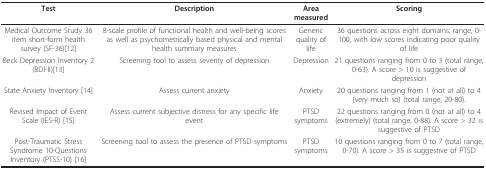
<table><thead><tr><td><b>Test</b></td><td><b>Description</b></td><td><b>Area measured</b></td><td><b>Scoring</b></td></tr></thead><tbody><tr><td>Medical Outcome Study 36 item short-form health survey (SF-36)[12]</td><td>8-scale profile of functional health and well-being scores as well as psychometrically based physical and mental health summary measures</td><td>Generic quality of life</td><td>36 questions across eight domains; range, 0-100, with low scores indicating poor quality of life</td></tr><tr><td>Beck Depression Inventory 2 (BDI-II)[13]</td><td>Screening tool to assess severity of depression</td><td>Depression</td><td>21 questions ranging from 0 to 3 (total range, 0-63). A score &gt; 10 is suggestive of depression</td></tr><tr><td>State Anxiety Inventory [14]</td><td>Assess current anxiety</td><td>Anxiety</td><td>20 questions ranging from 1 (not at all) to 4 (very much so) (total range, 20-80).</td></tr><tr><td>Revised Impact of Event Scale (IES-R) [15]</td><td>Assess current subjective distress for any specific life event</td><td>PTSD symptoms</td><td>22 questions ranging from 0 (not at all) to 4 (extremely) (total range, 0-88). A score &gt; 32 is suggestive of PTSD</td></tr><tr><td>Post-Traumatic Stress Syndrome 10-Questions Inventory (PTSS-10) [16]</td><td>Screening tool to assess the presence of PTSD symptoms</td><td>PTSD symptoms</td><td>10 questions ranging from 0 to 7 (total range, 0-70). A score &gt; 35 is suggestive of PTSD</td></tr></tbody></table>